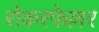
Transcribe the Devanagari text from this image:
रोकरफेल्लर